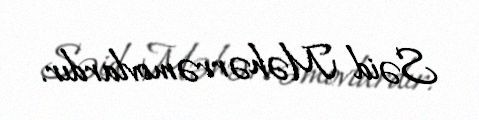
Səid Məhərrəmovlardır.